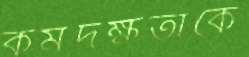
কর্মদক্ষতাকে